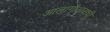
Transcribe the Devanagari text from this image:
आलागोआसची